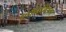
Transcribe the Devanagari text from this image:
ध्वनिमिश्रण